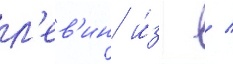
л'ев'ин и́з